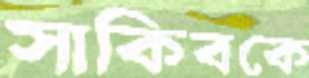
সাকিবকে